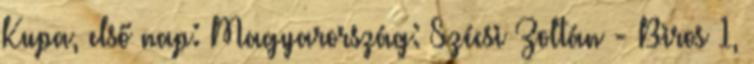
Kupa, első nap: Magyarország: Szécsi Zoltán - Biros 1,